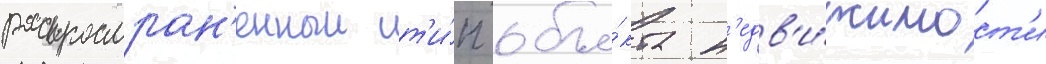
распростран'енныи т'и́п объе́кта н'едв'и́жимост'и